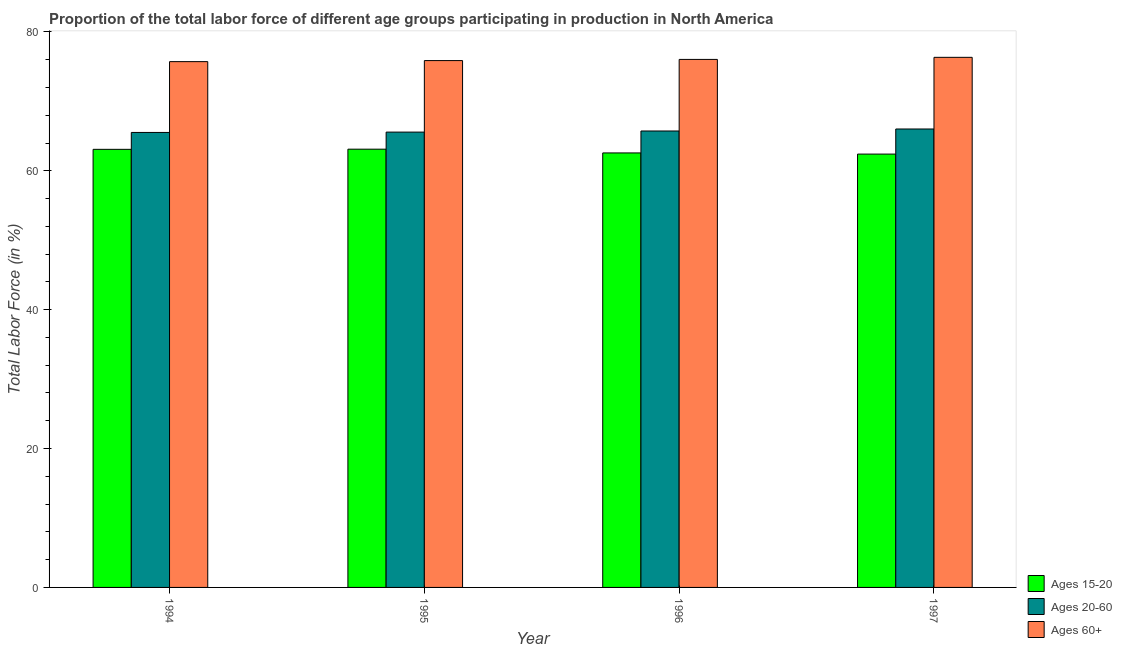
| Year | Ages 15-20 | Ages 20-60 | Ages 60+ |
 | --- | --- | --- | --- |
 | 1994 | 63.1 | 65.5 | 75.7 |
 | 1995 | 63.1 | 65.6 | 75.9 |
 | 1996 | 62.6 | 65.7 | 76 |
 | 1997 | 62.4 | 66 | 76.3 |